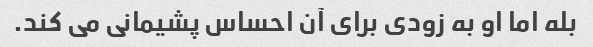
بله اما او به زودی برای آن احساس پشیمانی می کند.